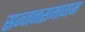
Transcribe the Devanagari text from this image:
सज्जनसमागम